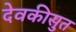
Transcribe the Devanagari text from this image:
देवकीसुत